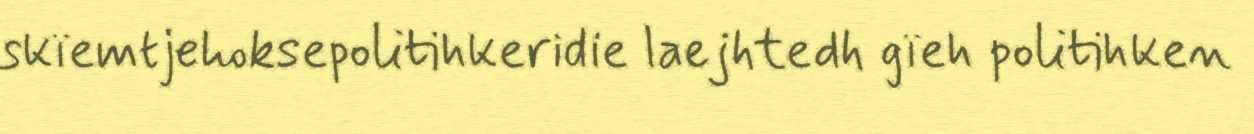
skïemtjehoksepolitihkeridie laejhtedh gïeh politihken